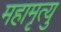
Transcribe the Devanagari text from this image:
महामृत्यु